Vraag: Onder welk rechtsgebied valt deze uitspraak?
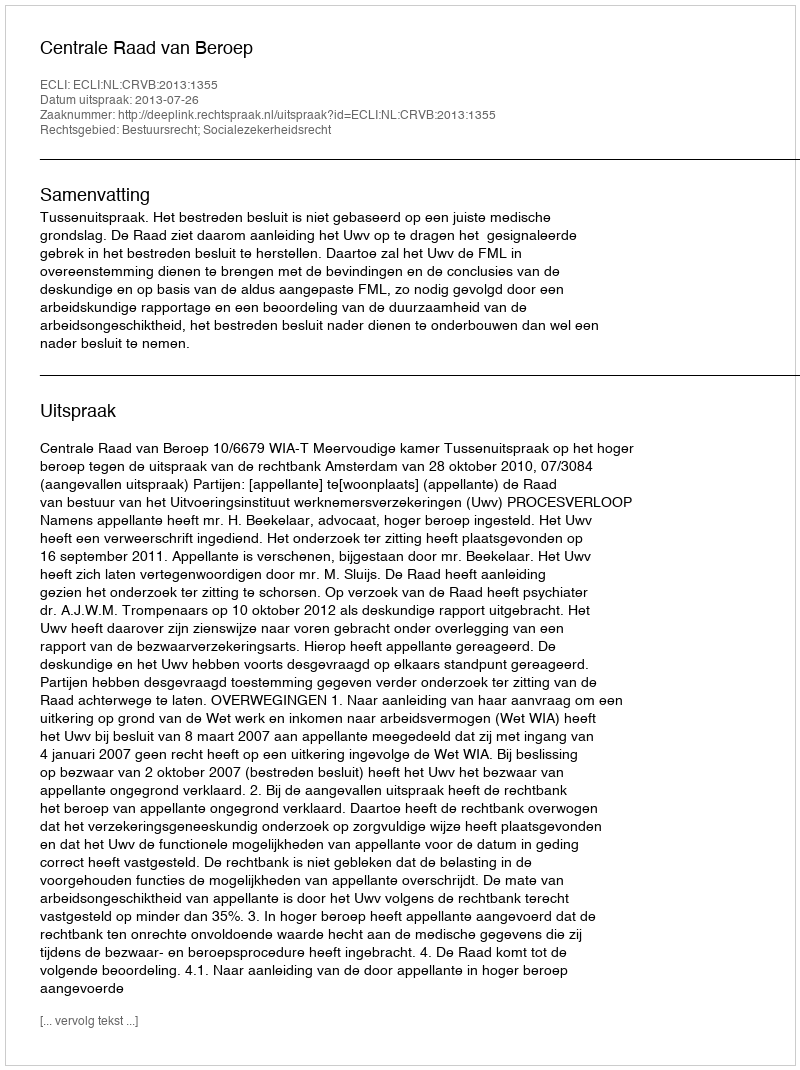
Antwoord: Bestuursrecht; Socialezekerheidsrecht